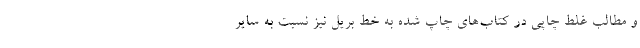
و مطالب غلط چاپی در کتاب‌های چاپ شده به خط بریل نیز نسبت به سایر